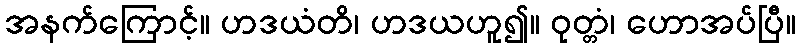
အနက်ကြောင့်။ ဟဒယံတိ၊ ဟဒယဟူ၍။ ဝုတ္တံ၊ ဟောအပ်ပြီ။